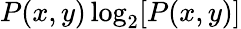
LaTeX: P(x,y)\log_{2}[P(x,y)]